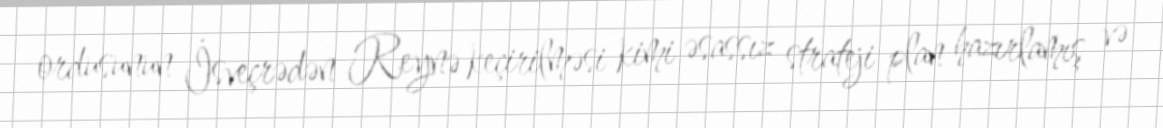
ordusunun İsveçrədən Reynə keçirilməsi kimi əsassız strateji plan hazırlamış və